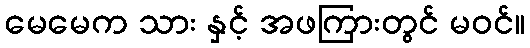
မေမေက သား နှင့် အဖကြားတွင် မဝင်။